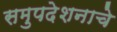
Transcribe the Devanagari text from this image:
समुपदेशनाचे